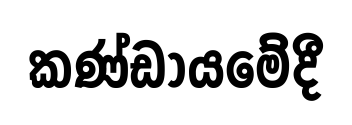
කණ්ඩායමේදී